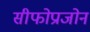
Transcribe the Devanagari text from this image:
सीफोप्राजोन